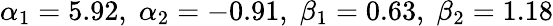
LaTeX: \alpha_{1}=5.92,\; \alpha_{2}=-0.91,\; \beta_{1}=0.63,\; \beta_{2}=1.18